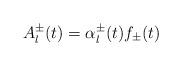
LaTeX: \begin{align*}A^{\pm}_l(t) = \alpha^{\pm}_l(t) f_{\pm}(t)\end{align*}